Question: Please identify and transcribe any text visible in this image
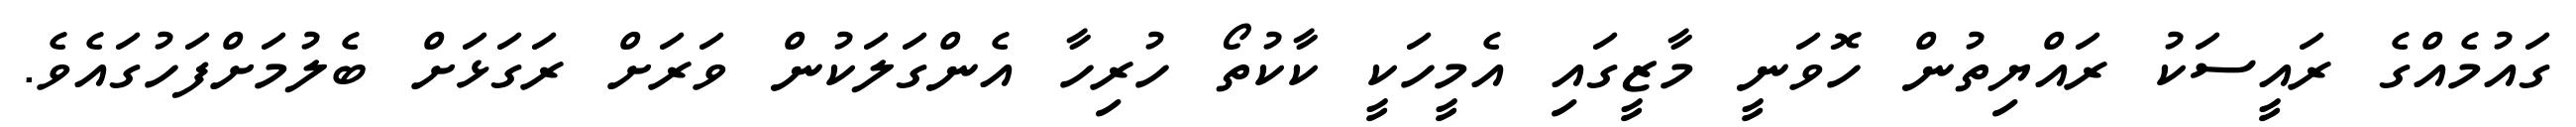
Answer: ގައުމެއްގެ ރައީސަކު ރައްޔިތުން ހޮވަނީ މާޒީގައި އެމީހަކީ ކާކުތޯ ހުރިހާ އެންގަލަކުން ވަރަށް ރަގަޅަށް ބެލުމަށްފަހުގައެވެ.